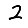
Digit: 2